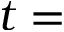
t =